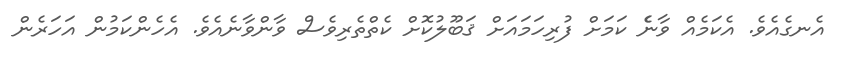
އެނގެއެވެ. އެކަމެއް ވާނެެ ކަމަށް ފުރިހަމައަށް ޤަބޫލުކޮށް ކެތްތެރިވެސް ވާންވާނެއެވެ. އެހެންކަމުން އަހަރެން